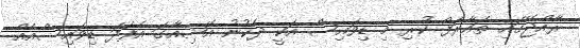
ރާއްޖޭގައި ތައާރަފް ކުރި މި ޑިވައިސް އަކީ ދެކުނު އޭޝިއާގަ އެފަދަ ޑިވައިސްއެއް